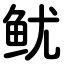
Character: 鱿